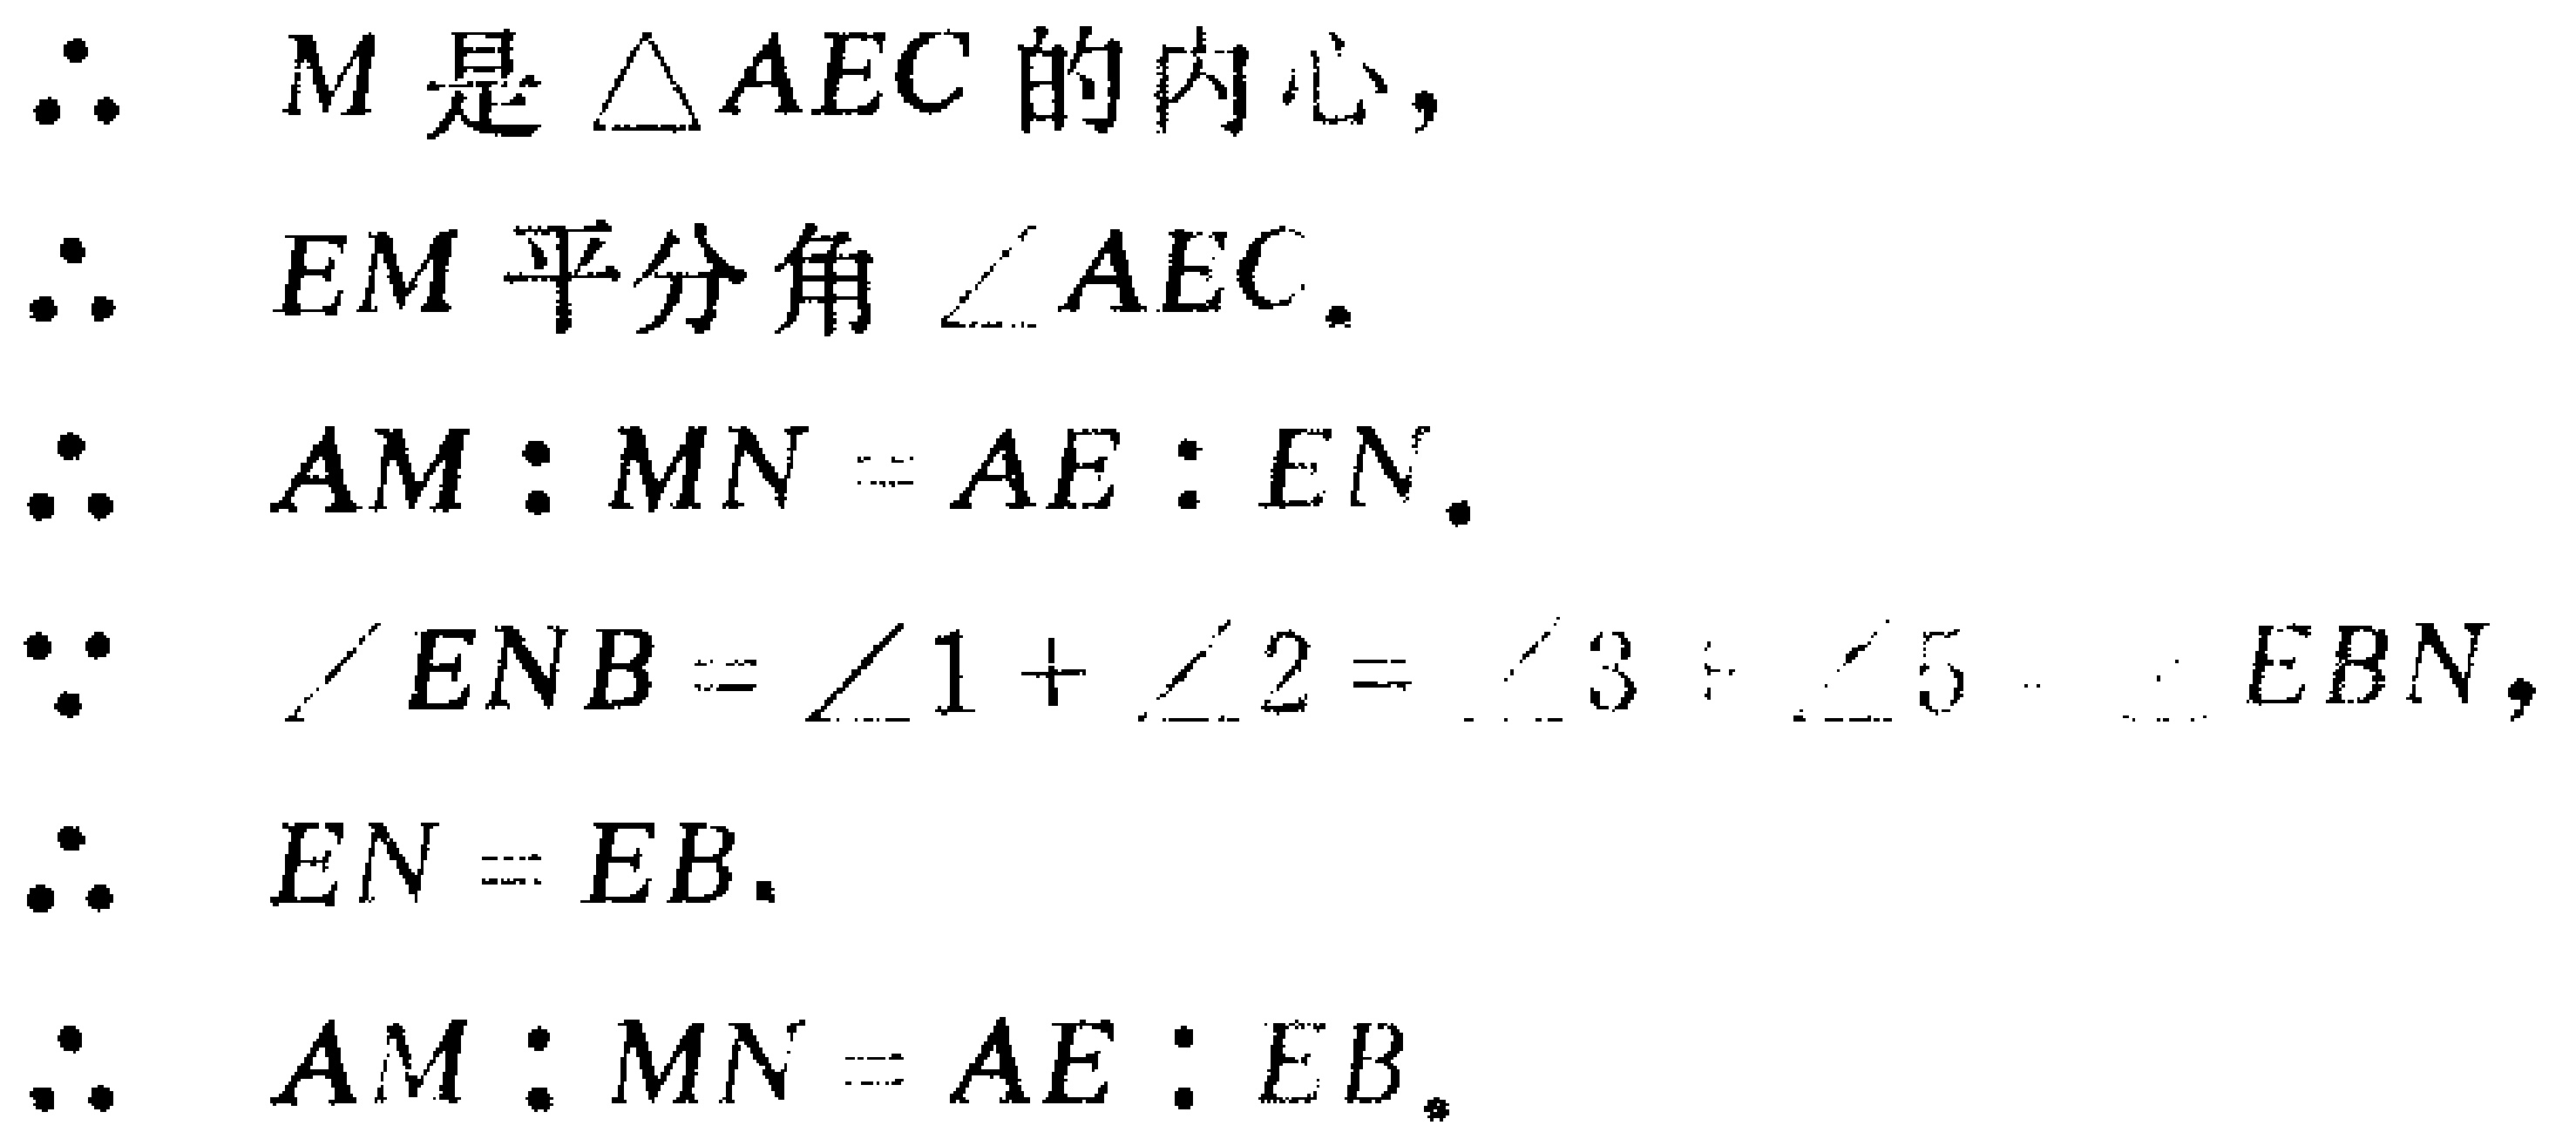
\begin{align*}
&\therefore\  M\text{ 是 }\triangle AEC\text{ 的内心},\\
&\therefore\  EM\text{ 平分角 }\angle AEC.\\
&\therefore\  AM:MN = AE:EN.\\
&\because\  \angle ENB=\angle 1+\angle 2=\angle 3+\angle 5 = \angle EBN,\\
&\therefore\  EN = EB.\\
&\therefore\  AM:MN = AE:EB.
\end{align*}